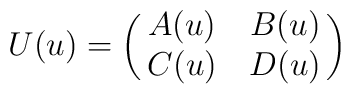
U(u)=\left(\matrix{A(u)&B(u)\cr C(u)&D(u)}\right)